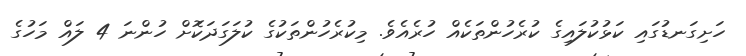
ހަށިގަނޑުގައި ކަޅުކުލައިގެ ކުރެހުންތަކެއް ހުރެއެވެ. މިކުރެހުންތަކުގެ ކުލަގަދަކަޮށް ހުންނަ 4 ލައް މަހުގެ